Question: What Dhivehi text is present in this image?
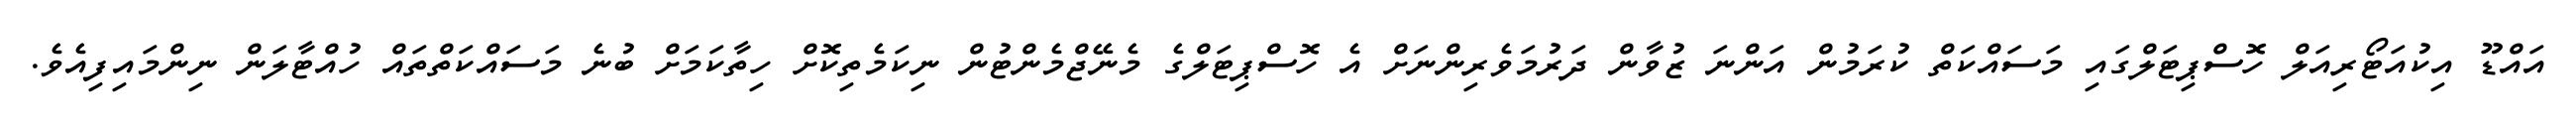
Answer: އައްޑޫ އިކުއަޓޯރިއަލް ހޮސްޕިޓަލްގައި މަސައްކަތް ކުރަމުން އަންނަ ޒުވާން ދަރުމަވެރިންނަށް އެ ހޮސްޕިޓަލްގެ މެނޭޖްމެންޓުން ނިކަމެތިކޮށް ހިތާކަމަށް ބުނެ މަސައްކަތްތައް ހުއްޓާލަން ނިންމައިފިއެވެ.